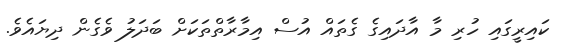
ކައިރީގައި ހުރި މާ އާދައިގެ ގެތައް އުސް އިމާރާތްތަކަށް ބަދަލު ވެގެން ދިޔައެވެ.